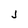
Character: j